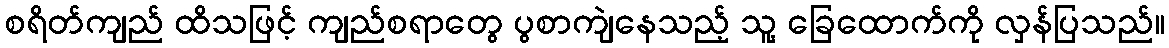
စရိတ်ကျည် ထိသဖြင့် ကျည်စရာတွေ ပွစာကျဲနေသည့် သူ့ ခြေထောက်ကို လှန်ပြသည်။